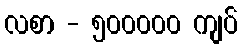
လစာ - ၅၀၀၀၀၀ ကျပ်